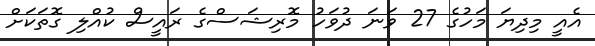
އެއީ މިދިޔަ މަހުގެ 27 ވަނަ ދުވަހު މޮރިޝަސްގެ ރައީސް ކުއްލި ގޮތަކަށް